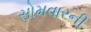
સોમવારની